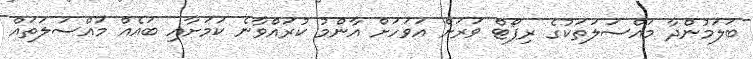
ބަލަމުންދާ މައްސަލަތަކުގެ ރިޕޯޓް ވަރަށް އަވަހަށް އާންމު ކުރައްވާނެ ކަމަށާއި ބައެއް މައްސަލަތައް